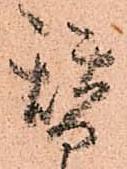
替